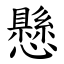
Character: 懸